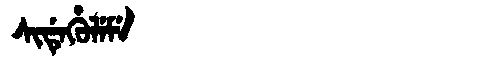
Manchu: ᠰᡳᡩᡝᡥᡠᠯᡝᠮᡝ
Romanization: SIDEHULEME